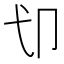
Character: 𱑘